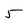
Character: 5